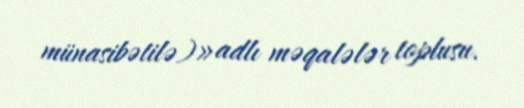
münasibətilə)» adlı məqalələr toplusu.